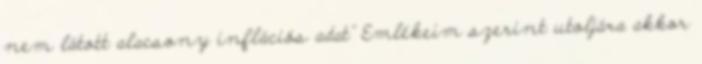
nem látott alacsony inflációs adat" Emlékeim szerint utoljára akkor